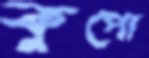
কুপো